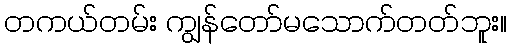
တကယ်တမ်း ကျွန်တော်မသောက်တတ်ဘူး။